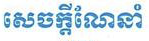
សេចក្តីណែនាំ